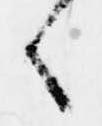
候